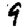
Digit: 9